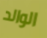
الوالد